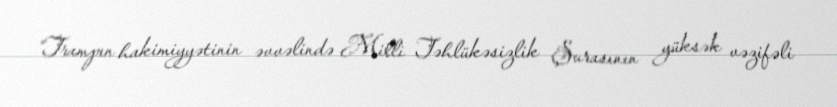
“Trampın hakimiyyətinin əvvəlində Milli Təhlükəsizlik Şurasının yüksək vəzifəli